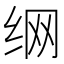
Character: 𮉦